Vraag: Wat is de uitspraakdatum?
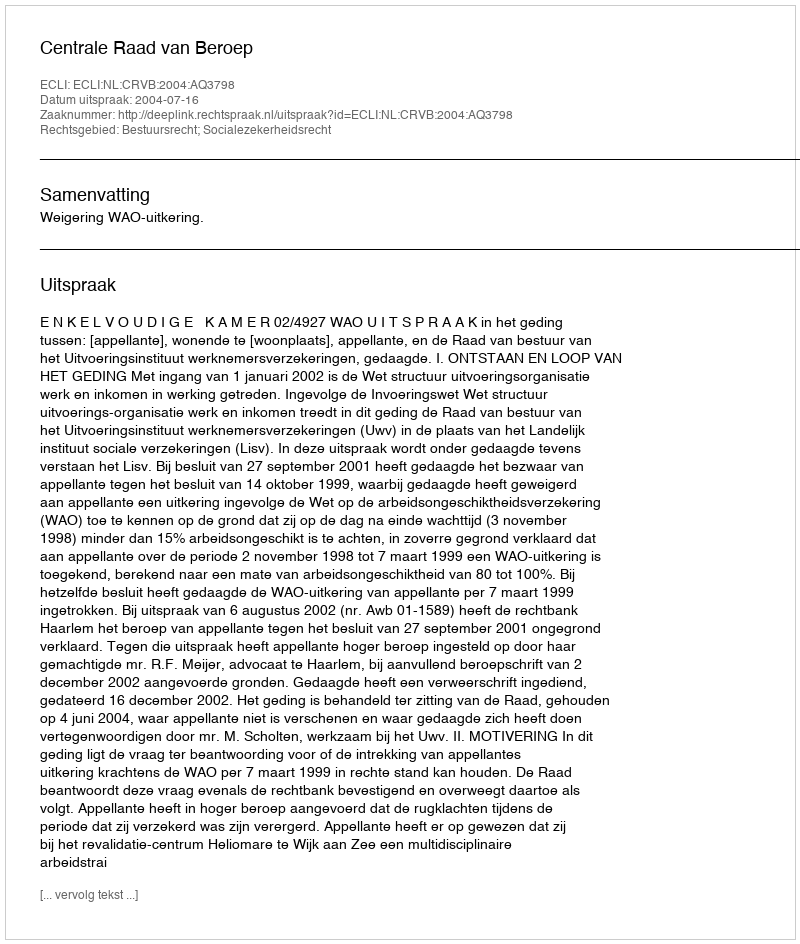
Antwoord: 2004-07-16